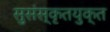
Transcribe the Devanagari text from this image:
सुसंस्कृतयुक्त